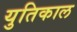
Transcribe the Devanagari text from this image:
युतिकाल